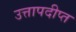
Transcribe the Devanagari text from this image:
उत्तापदीप्त